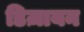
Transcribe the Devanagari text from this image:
डिज़ायन